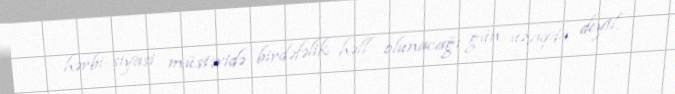
hərbi-siyasi müstəvidə birdəfəlik həll olunacağı gün uzaqda deyil.